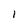
Character: i